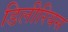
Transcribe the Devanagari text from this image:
डिलीरियस